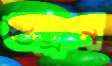
গুজ্‌রান